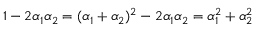
1 - 2 \alpha _ { 1 } \alpha _ { 2 } = ( \alpha _ { 1 } + \alpha _ { 2 } ) ^ { 2 } - 2 \alpha _ { 1 } \alpha _ { 2 } = \alpha _ { 1 } ^ { 2 } + \alpha _ { 2 } ^ { 2 }